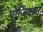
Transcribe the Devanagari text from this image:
पोंजिक्कर